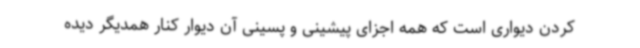
کردن دیواری است که همه اجزای پیشینی و پسینی آن دیوار کنار همدیگر دیده